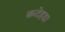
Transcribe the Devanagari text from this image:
कटेहडा